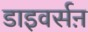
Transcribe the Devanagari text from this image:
डाइवर्सऩ